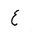
Letter: _ayn